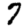
Digit: 7